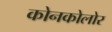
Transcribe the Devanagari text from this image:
कोनकोलोर